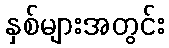
နှစ်များအတွင်း